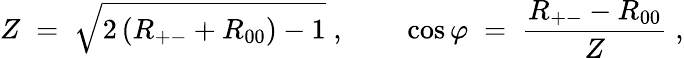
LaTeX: Z\; =\; \sqrt{2\left(R_{+-}+R_{00}\right)-1}\; ,~~~~~~~~\cos\varphi\; =\; \frac{R_{+-}-R_{00}}{Z}\; ,